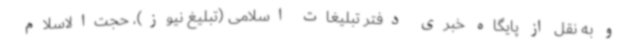
و به نقل از پایگاه خبری دفتر تبلیغات اسلامی (تبلیغ نیوز)، حجت‌الاسلام